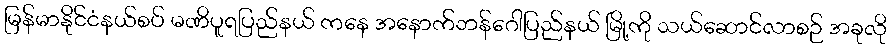
မြန်မာနိုင်ငံနယ်စပ် မဏိပူရပြည်နယ် ကနေ အနောက်ဘန်ဂေါပြည်နယ် မြို့ကို သယ်ဆောင်လာစဉ် အခုလို